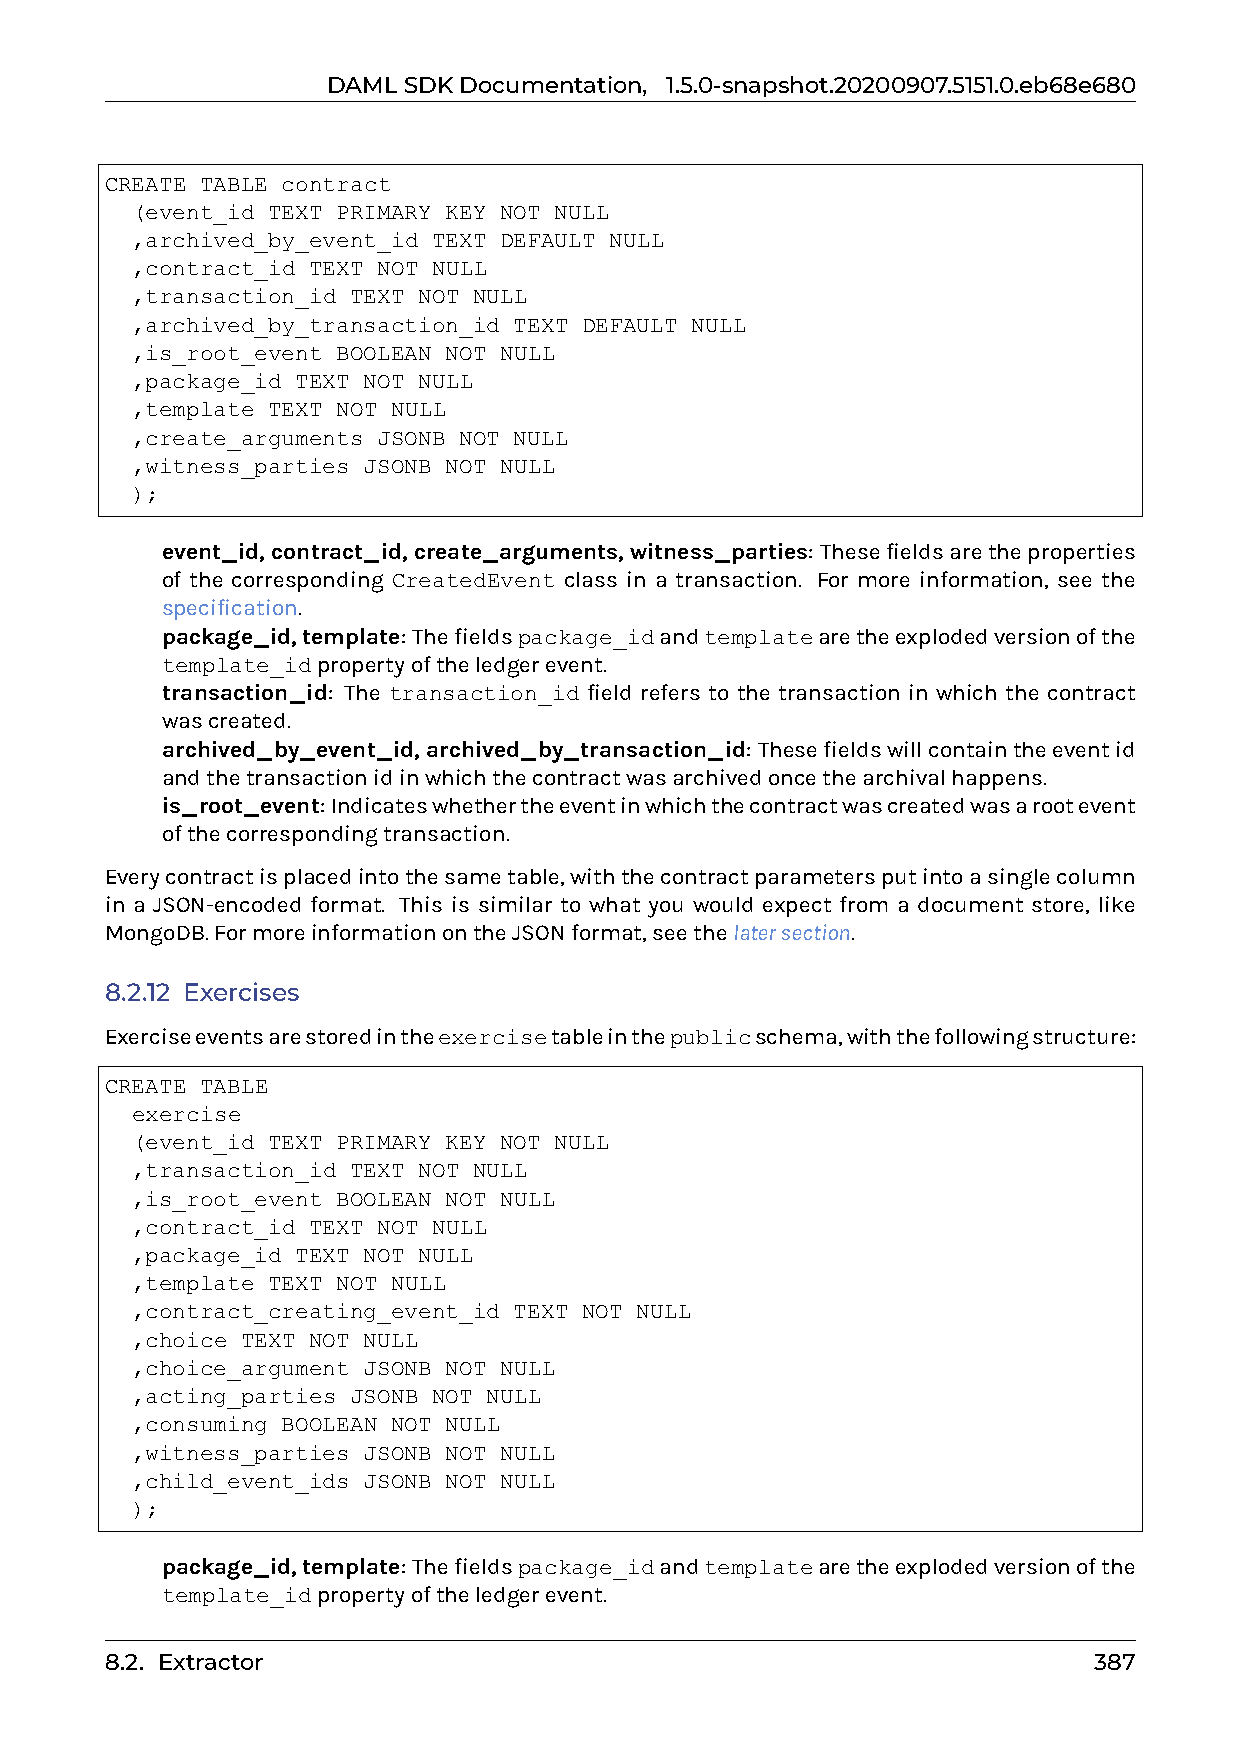
DAMLSDKDocumentation, 1.5.0-snapshot.20200907.5151.0.eb68e680
 CREATE TABLE contract
 (event_id TEXT PRIMARY KEY NOT NULL
 ,archived_by_event_id TEXT DEFAULT NULL
 ,contract_id TEXT NOT NULL
 ,transaction_id TEXT NOT NULL
 ,archived_by_transaction_id TEXT DEFAULT NULL
 ,is_root_event BOOLEAN NOT NULL
 ,package_id TEXT NOT NULL
 ,template TEXT NOT NULL
 ,create_arguments JSONB NOT NULL
 ,witness_parties JSONB NOT NULL
 );
 0 event_id,contract_id,create_arguments,witness_parties: Thesefieldsaretheproperties
 of the corresponding CreatedEvent class in a transaction. For more information, see the
 specification.
 0 package_id,template: Thefieldspackage_idandtemplatearetheexplodedversionofthe
 template_idpropertyoftheledgerevent.
 0 transaction_id: The transaction_id field refers to the transaction in which the contract
 wascreated.
 0 archived_by_event_id,archived_by_transaction_id: Thesefieldswillcontaintheeventid
 andthetransactionidinwhichthecontractwasarchivedoncethearchivalhappens.
 0 is_root_event: Indicateswhethertheeventinwhichthecontractwascreatedwasarootevent
 ofthecorrespondingtransaction.
 Everycontractisplacedintothesametable,withthecontractparametersputintoasinglecolumn
 in a JSON-encoded format. This is similar to what you would expect from a document store, like
 MongoDB.FormoreinformationontheJSONformat,seethelatersection.
 8.2.12 Exercises
 Exerciseeventsarestoredintheexercisetableinthepublicschema,withthefollowingstructure:
 CREATE TABLE
 exercise
 (event_id TEXT PRIMARY KEY NOT NULL
 ,transaction_id TEXT NOT NULL
 ,is_root_event BOOLEAN NOT NULL
 ,contract_id TEXT NOT NULL
 ,package_id TEXT NOT NULL
 ,template TEXT NOT NULL
 ,contract_creating_event_id TEXT NOT NULL
 ,choice TEXT NOT NULL
 ,choice_argument JSONB NOT NULL
 ,acting_parties JSONB NOT NULL
 ,consuming BOOLEAN NOT NULL
 ,witness_parties JSONB NOT NULL
 ,child_event_ids JSONB NOT NULL
 );
 0 package_id,template: Thefieldspackage_idandtemplatearetheexplodedversionofthe
 template_idpropertyoftheledgerevent.
 8.2. Extractor                                                   387